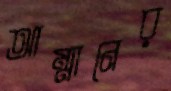
আম্মানের